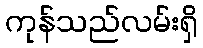
ကုန်သည်လမ်းရှိ